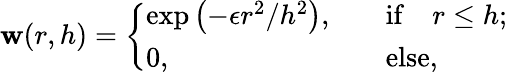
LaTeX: \mathbf{w}(r,h)=\left\{ \begin{array}{lll}{\exp\left(-\epsilon r^{2}/h^{2}\right),}&{\quad\mathrm{if}\quad r\leq h;}\\ {0,}&{\quad\mathrm{else},}\end{array}\right.